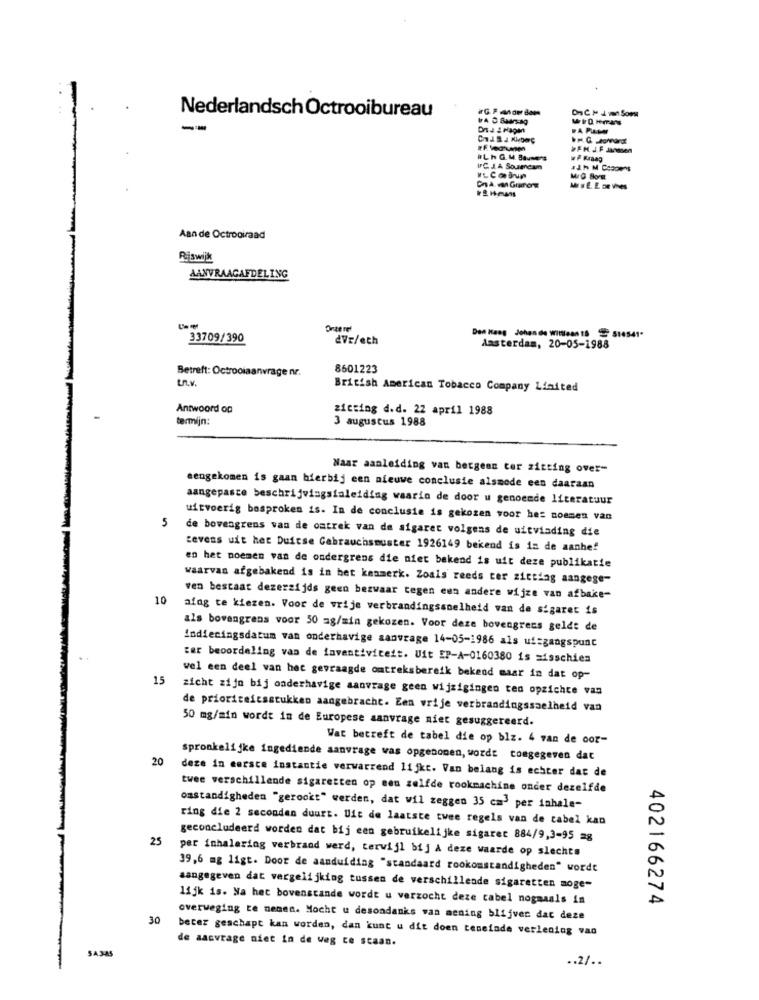
Nederlandsch Octrooibureau
-
MISE. E De vnes
Aan de Octrooiraad
Rijswijk
AANVRAAGAFDELING
33709/390
dVr/eth
Den Haag Johan de Williean 18 514541"
Amsterdam, 20-05-1988
Betreft: Octrooiaanvragenr.
8601223
t.n.v.
British American Tobacco Company Limited
Antwoord on
zicting d.d. 22 april 1988
termijn:
3 augustus 1988
Naar aanleiding van bergenn ter zitting over-
eengekomen is gaan hierbij een nieuwe conclusie alsmede een daaraan
aangepaste beschrijvingsialeiding waarin de door u genoemde literatuur
uitvoerig besproken is. In de conclusie is gekozen voor hes noemen van
5
de bovengrens van de omtrek van de sigaret volgens de uitvinding die
tevens uit het Duitse Gebrauchsmuster 1926149 bekend is in de aanhef
en het noemen van de ondergrens die niet bekend is uit deze publikatie
waarvan afgebakend is in het kenmerk. Zoals reeds ter zitting aangege-
10
ven bestaat dezerzijds geen bezwaar tegen een andere wijze van afbake-
afag te kiezen. Voor de vrije verbrandingssnelheid van de sigaret is
als bovengrens voor 50 mg/min gekozen. Voor deze bovengrens geldt de
indiecingsdatum van onderhavige aanvrage 14-05-1986 als uitgangspunt
ter beoordeling van de faventiviteit. Uit EP-A-0160380 is misschien
15
wel een deel van het gevraagde omtreksbereik bekend maar in dat op-
zicht zijn bij onderhavige aanvrage geen wijzigingen ten opzichte vas
de prioriteicsstukken aangebracht. Een vrije verbrandingssnelheid van
50 mg/min wordt in de Europese aanvrage niet gesuggereerd.
Wat betreft de tabel die op blz. 4 van de cor-
20
spronkelijke ingediende aanvrage vas opgenomen, words congegeven dat
deze in eerste instantie verwarrend lijkt. Van belang is echter dat de
twee verschillende sigaretten op een zelfde rookmachine onder dezelfde
omstandigheden "gerookt" werden, dat wil zeggen 35 cm3 per inhale-
ring die 2 seconden duurt. Uit de laatste twee regels van de cabel kan
25
geconcludeerd worden dat bij een gebruikelijke sigaret 884/9,3-95 28
per inhalering verbrand werd, terwijl bij A deze waarde op slechts
39,6 mg ligt. Door de aanduiding "standaard rookomstandigheden" wordt
aangegeven dat vergelijking tussen de verschillende sigaretten moge-
lijk is. Na het bovenstande wordt u verzocht deze cabel nogmaals in
402166274
30
overweging te nemen. Mocht u desondanks van mening blijven dat deze
beter geschapt kan worden, dan kunt u dit doen teneinde verlening vao
SA345
de aanvrage niet in de weg ce staan.
.. 2/ ..